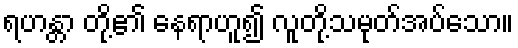
ရဟန္တာ တို့၏ နေရာဟူ၍ လူတို့သမုတ်အပ်သော။